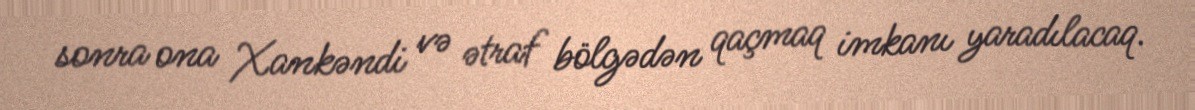
sonra ona Xankəndi və ətraf bölgədən qaçmaq imkanı yaradılacaq.